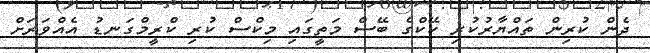
ދެން ކުރިން ތައްޔާރުކުރި ކޭކްގެ ބޭސް މަތީގައި މިކްސް ކުރި ކްރީމްގަނޑު އެއްވަރަށް